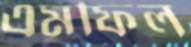
এমফিল